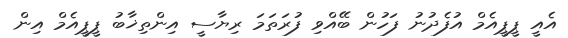
އެއީ ޕީޕީއެމް އުފެދުނު ފަހުން ބޭއްވި ފުރަތަމަ ރިޔާސީ އިންތިޚާބު ޕީޕީއެމް އިން